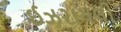
ઈઝરાયલી